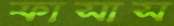
ফাসাস